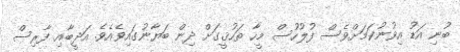
ބުނި އަޑު އިވުނުކަމަށްވެސް ފުލުހުސް މީހާ ތަހުޤީގަށް ދިން ބަޔާނުގައިވެއެވެ. އަދީބާއި ފާރިސް